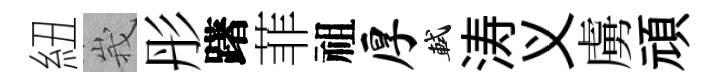
紐峩彤躇菲祖厚軾涛义虜頑